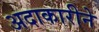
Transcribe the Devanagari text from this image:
अदाकारीने